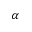
\alpha